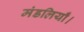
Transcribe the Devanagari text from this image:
मंडलियाँ।